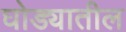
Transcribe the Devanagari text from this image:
घोड्यातील